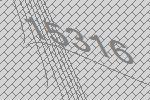
15316